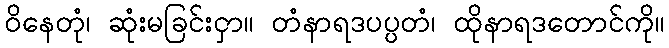
ဝိနေတုံ၊ ဆုံးမခြင်းငှာ။ တံနာရဒပပ္ပတံ၊ ထိုနာရဒတောင်ကို။